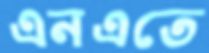
এনএতে